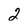
Character: 2